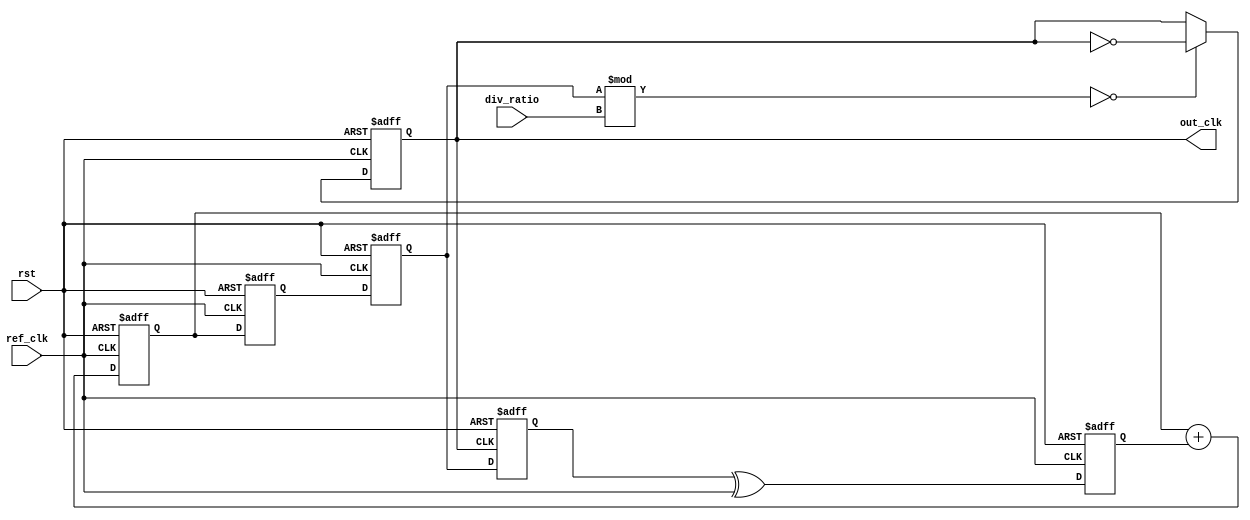
module type2_pll (
    input wire ref_clk,           // Reference clock input
    input wire rst,               // Reset signal
    input wire [3:0] div_ratio,   // Division ratio for feedback
    output reg out_clk            // Output clock
);

    // Internal signals
    reg [31:0] phase_error;      // Phase error signal
    reg [31:0] control_voltage;   // Control voltage for VCO
    reg [31:0] vco_output;        // VCO output
    reg [31:0] feedback_clk;      // Feedback clock
    reg [31:0] loop_filter;       // Loop filter output

    // Phase Detector (PD)
    always @(posedge ref_clk or posedge rst) begin
        if (rst) begin
            phase_error <= 0;
        end else begin
            // Example phase detection logic (simple XOR for demo)
            phase_error <= feedback_clk ^ ref_clk;
        end
    end

    // Loop Filter (LF)
    always @(posedge ref_clk or posedge rst) begin
        if (rst) begin
            loop_filter <= 0;
            control_voltage <= 0;
        end else begin
            // Simple 2nd order loop filter (integrator + proportional)
            loop_filter <= loop_filter + phase_error;  // Integrator
            control_voltage <= loop_filter;             // Proportional to loop filter output
        end
    end

    // Voltage-Controlled Oscillator (VCO)
    always @(posedge ref_clk or posedge rst) begin
        if (rst) begin
            vco_output <= 0;
            out_clk <= 0;
        end else begin
            // VCO output based on control voltage
            vco_output <= control_voltage; // Simplified VCO output
            out_clk <= (vco_output % div_ratio == 0) ? ~out_clk : out_clk; // Output clock toggling
        end
    end

    // Feedback Divider
    always @(posedge out_clk or posedge rst) begin
        if (rst) begin
            feedback_clk <= 0;
        end else begin
            feedback_clk <= vco_output; // Feedback clock from VCO
        end
    end

endmodule